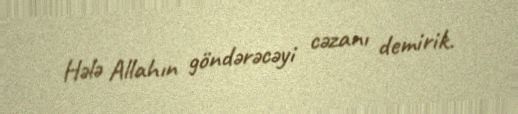
Hələ Allahın göndərəcəyi cəzanı demirik.